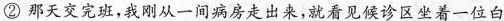
② 那天交完班，我刚从一间病房走出来，就看见候诊区坐着一位白